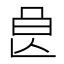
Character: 𣌩